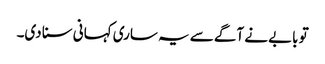
تو بابے نے آگے سے یہ ساری کہانی سنا دی۔